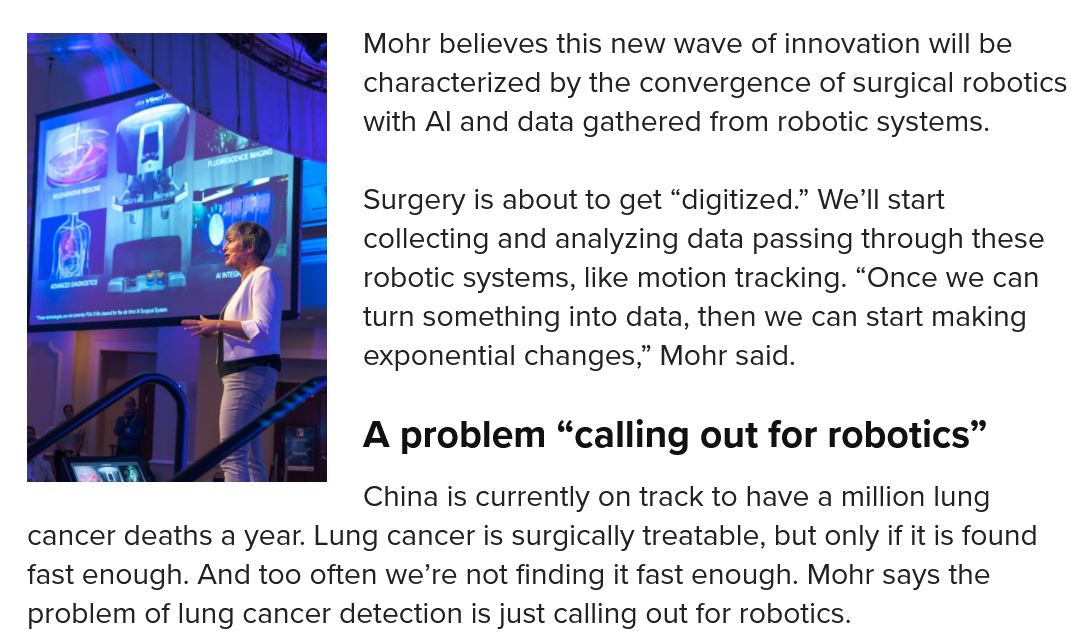
A  problem   “calling  out for robotics”
     Mohr believes this new wave of innovation will be
     characterized by the convergence of surgical robotics
     with Al and data gathered from robotic systems.
     Surgery is about to get “digitized.” We'll start
     collecting and analyzing data passing through these
     robotic systems, like motion tracking. “Once we can
     turn something into data, then we can start making
     exponential changes,” Mohr said.
     China is currently on track to have a million lung
  cancer deaths a year. Lung cancer is surgically treatable, but only if it is foun
  fast enough. And too often we’re not finding it fast enough. Mohr says the
  problem of lung cancer detection is just calling out for robotics.